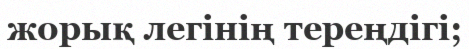
жорық легінің тереңдігі;